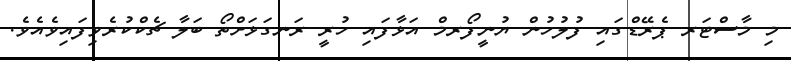
މި މާސްޓަރ ޕެރޭޑްގައި ފުލުހުން ޔުނީފޯރމް އަޅާފައި ހުރީ ރަނގަޅަށްތޯ ބަލާ ޗެކްކުރެވިފައިވެއެވެ.